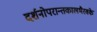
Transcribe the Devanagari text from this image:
दर्शनोपरान्तकालभैरवके